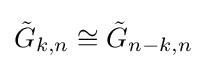
{\tilde {G}}_{k,n}\cong {\tilde {G}}_{n-k,n}